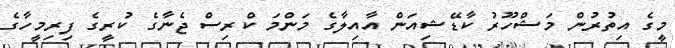
މީގެ އިތުރުން މަޝްހޫރު ކާޑޭޝިއަން އާއިލާގެ މަންމަ ކްރިސް ޖެނާގެ ކުރީގެ ފިރިމީހާގެ